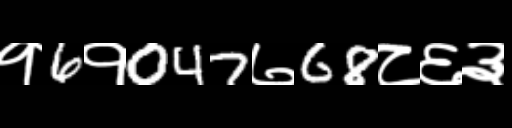
Text: १6१047७68८६३